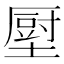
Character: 𡐷